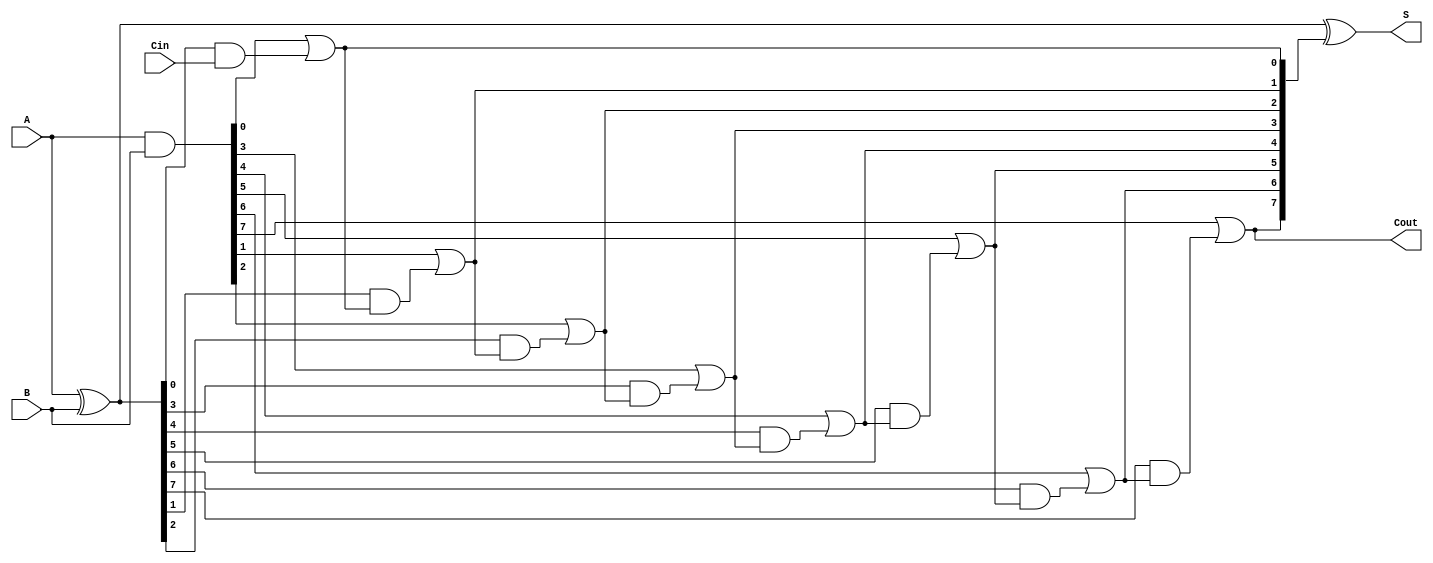
module SklanskyAdder #(parameter N = 8) (
    input [N-1:0] A,      // First input
    input [N-1:0] B,      // Second input
    input Cin,            // Carry-in
    output [N-1:0] S,     // Sum output
    output Cout           // Carry-out
);

    // Generate and Propagate signals
    wire [N-1:0] G; // Generate
    wire [N-1:0] P; // Propagate
    wire [N:0] C;    // Carry signals

    // Generate and Propagate calculations
    assign G = A & B;          // G[i] = A[i] & B[i]
    assign P = A ^ B;          // P[i] = A[i] ^ B[i]

    // Carry calculations
    assign C[0] = Cin;         // Initial carry-in
    assign C[1] = G[0] | (P[0] & C[0]); // C[1] = G[0] | (P[0] & Cin)

    genvar i;
    generate
        for (i = 1; i < N; i = i + 1) begin : carry_generation
            assign C[i + 1] = G[i] | (P[i] & C[i]);
        end
    endgenerate

    // Sum calculations
    assign S = P ^ C[N:1]; // S[i] = P[i] ^ C[i]

    // Carry-out
    assign Cout = C[N]; // Final carry-out

endmodule